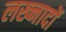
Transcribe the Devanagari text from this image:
लख्नादों